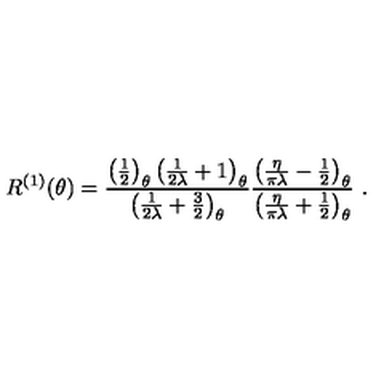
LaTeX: R ^ { ( 1 ) } ( \theta ) = \frac { \left( \frac { 1 } { 2 } \right) _ { \theta } \left( \frac { 1 } { 2 \lambda } + 1 \right) _ { \theta } } { \left( \frac { 1 } { 2 \lambda } + \frac { 3 } { 2 } \right) _ { \theta } } \frac { \left( \frac { \eta } { \pi \lambda } - \frac { 1 } { 2 } \right) _ { \theta } } { \left( \frac { \eta } { \pi \lambda } + \frac { 1 } { 2 } \right) _ { \theta } } \ .